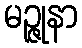
မဉ္ဇုနာ